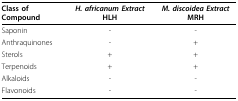
<table><thead><tr><td><b>Class of Compound</b></td><td><b><i>H. africanum Extract </i>HLH</b></td><td><b><i>M. discoidea Extract </i>MRH</b></td></tr></thead><tbody><tr><td>Saponin</td><td>-</td><td>-</td></tr><tr><td>Anthraquinones</td><td>-</td><td>+</td></tr><tr><td>Sterols</td><td>+</td><td>+</td></tr><tr><td>Terpenoids</td><td>+</td><td>+</td></tr><tr><td>Alkaloids</td><td>-</td><td>-</td></tr><tr><td>Flavonoids</td><td>-</td><td>-</td></tr></tbody></table>